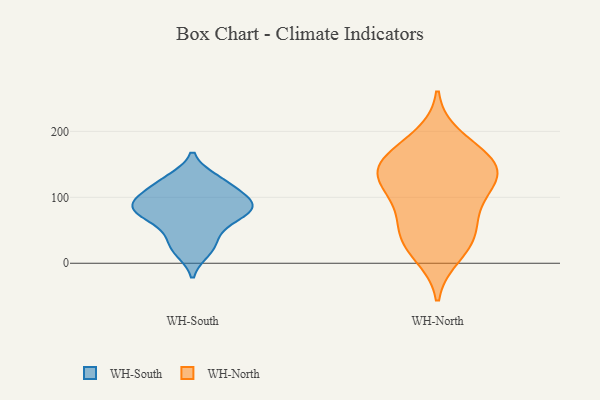
{"axis": {"x": "Conversion Rate (%)", "y": "Value"}, "legend": ["WH-North", "WH-South"], "data": [{"x": "", "y": 69, "type": "WH-South"}, {"x": "", "y": 128, "type": "WH-South"}, {"x": "", "y": 112, "type": "WH-South"}, {"x": "", "y": 40, "type": "WH-South"}, {"x": "", "y": 91, "type": "WH-South"}, {"x": "", "y": 87, "type": "WH-South"}, {"x": "", "y": 127, "type": "WH-South"}, {"x": "", "y": 93, "type": "WH-South"}, {"x": "", "y": 80, "type": "WH-South"}, {"x": "", "y": 111, "type": "WH-South"}, {"x": "", "y": 79, "type": "WH-South"}, {"x": "", "y": 18, "type": "WH-South"}, {"x": "", "y": 24, "type": "WH-South"}, {"x": "", "y": 61, "type": "WH-South"}, {"x": "", "y": 86, "type": "WH-South"}, {"x": "", "y": 145, "type": "WH-North"}, {"x": "", "y": 13, "type": "WH-North"}, {"x": "", "y": 128, "type": "WH-North"}, {"x": "", "y": 145, "type": "WH-North"}, {"x": "", "y": 33, "type": "WH-North"}, {"x": "", "y": 162, "type": "WH-North"}, {"x": "", "y": 55, "type": "WH-North"}, {"x": "", "y": 75, "type": "WH-North"}, {"x": "", "y": 37, "type": "WH-North"}, {"x": "", "y": 103, "type": "WH-North"}, {"x": "", "y": 113, "type": "WH-North"}, {"x": "", "y": 160, "type": "WH-North"}, {"x": "", "y": 191, "type": "WH-North"}, {"x": "", "y": 136, "type": "WH-North"}]}